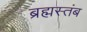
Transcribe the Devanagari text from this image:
ब्रह्मस्तंब